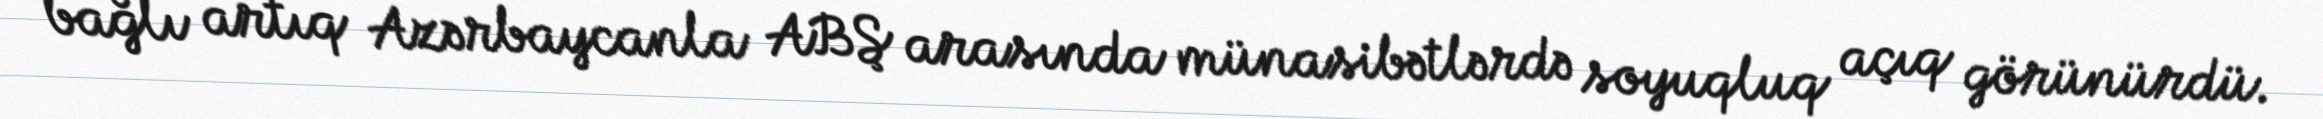
bağlı artıq Azərbaycanla ABŞ arasında münasibətlərdə soyuqluq açıq görünürdü.